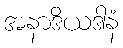
အနာဒိယဒါနံ